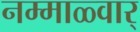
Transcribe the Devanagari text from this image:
नम्माळ्वार्